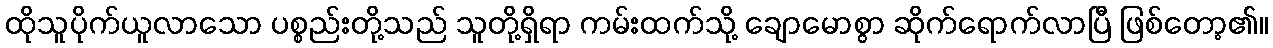
ထိုသူပိုက်ယူလာသော ပစ္စည်းတို့သည် သူတို့ရှိရာ ကမ်းထက်သို့ ချောမောစွာ ဆိုက်ရောက်လာပြီ ဖြစ်တော့၏။